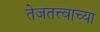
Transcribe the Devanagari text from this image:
तेजतत्त्वाच्या